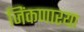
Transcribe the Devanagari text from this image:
जिंकणारया